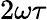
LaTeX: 2\omega\tau